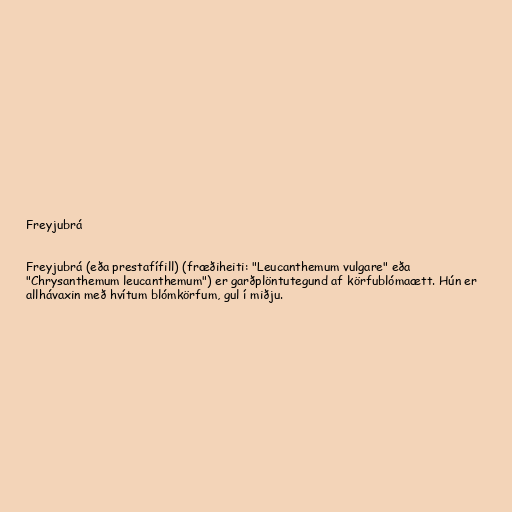
Freyjubrá

Freyjubrá (eða prestafífill) (fræðiheiti: "Leucanthemum vulgare" eða
"Chrysanthemum leucanthemum") er garðplöntutegund af körfublómaætt. Hún er
allhávaxin með hvítum blómkörfum, gul í miðju.